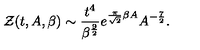
{ \cal Z } ( t , A , \beta ) \sim { \frac { t ^ { 4 } } { \beta ^ { \frac { 9 } { 2 } } } } e ^ { { \frac { \pi } { \sqrt { 2 } } } \beta A } A ^ { - { \frac { 7 } { 2 } } } .